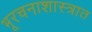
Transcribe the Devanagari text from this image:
भूरचनाशास्त्रात